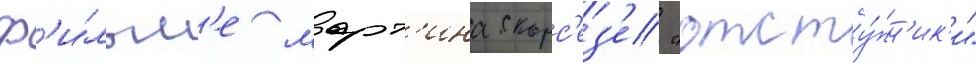
ф'и́льм'е март'ина скорс'ез'е "отсту́пн'ик'и"